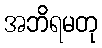
အဘိရမတု